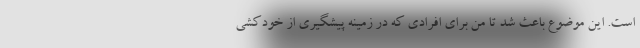
است. این موضوع باعث شد تا من برای افرادی که در زمینه پیشگیری از خودکشی